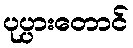
ပုပ္ပားတောင်